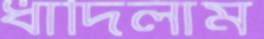
ধাঁদিলাম